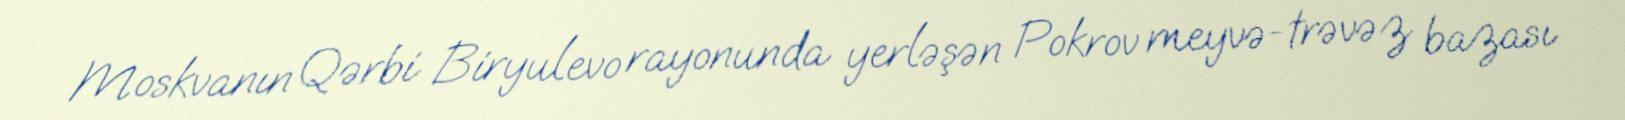
Moskvanın Qərbi Biryulevo rayonunda yerləşən Pokrov meyvə-trəvəz bazası